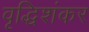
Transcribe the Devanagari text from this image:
वृद्धिशंकर